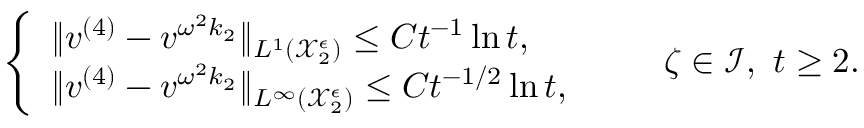
\begin{array} { r } { \left\{ \begin{array} { l l } { \| v ^ { ( 4 ) } - v ^ { \omega ^ { 2 } k _ { 2 } } \| _ { L ^ { 1 } ( \mathcal { X } _ { 2 } ^ { \epsilon } ) } \leq C t ^ { - 1 } \ln t , } \\ { \| v ^ { ( 4 ) } - v ^ { \omega ^ { 2 } k _ { 2 } } \| _ { L ^ { \infty } ( \mathcal { X } _ { 2 } ^ { \epsilon } ) } \leq C t ^ { - 1 / 2 } \ln t , } \end{array} \right. \qquad \zeta \in \mathcal { I } , \ t \geq 2 . } \end{array}